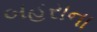
બહરાના